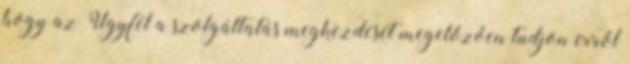
hogy az Ügyfél a szolgáltatás megkezdését megelőzően tudjon erről